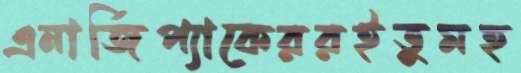
এনার্জিপ্যাকেররইতুমহ